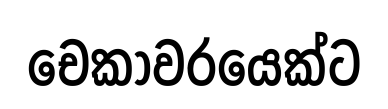
චෙකාවරයෙක්ට